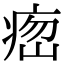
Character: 𤶵